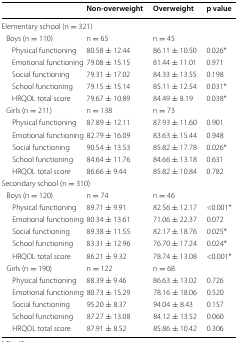
<table><thead><tr><td>[EMPTY_CELL]</td><td><b>Non-overweight</b></td><td><b>Overweight</b></td><td><b>p value</b></td></tr></thead><tbody><tr><td colspan="4">Elementary school (n = 321)</td></tr><tr><td> Boys (n = 110)</td><td>n = 65</td><td>n = 45</td><td>[EMPTY_CELL]</td></tr><tr><td>Physical functioning</td><td>80.58 ± 12.44</td><td>86.11 ± 10.50</td><td>0.026*</td></tr><tr><td>Emotional functioning</td><td>79.08 ± 15.15</td><td>81.44 ± 11.01</td><td>0.971</td></tr><tr><td>Social functioning</td><td>79.31 ± 17.02</td><td>84.33 ± 13.55</td><td>0.198</td></tr><tr><td>School functioning</td><td>79.15 ± 15.14</td><td>85.11 ± 12.54</td><td>0.031*</td></tr><tr><td>HRQOL total score</td><td>79.67 ± 10.89</td><td>84.49 ± 8.19</td><td>0.038*</td></tr><tr><td> Girls (n = 211)</td><td>n = 138</td><td>n = 73</td><td>[EMPTY_CELL]</td></tr><tr><td>Physical functioning</td><td>87.89 ± 12.11</td><td>87.93 ± 11.60</td><td>0.901</td></tr><tr><td>Emotional functioning</td><td>82.79 ± 16.09</td><td>83.63 ± 15.44</td><td>0.948</td></tr><tr><td>Social functioning</td><td>90.54 ± 13.53</td><td>85.82 ± 17.78</td><td>0.026*</td></tr><tr><td>School functioning</td><td>84.64 ± 11.76</td><td>84.66 ± 13.18</td><td>0.631</td></tr><tr><td>HRQOL total score</td><td>86.66 ± 9.44</td><td>85.82 ± 10.84</td><td>0.782</td></tr><tr><td colspan="4">Secondary school (n = 310)</td></tr><tr><td> Boys (n = 120)</td><td>n = 74</td><td>n = 46</td><td>[EMPTY_CELL]</td></tr><tr><td>Physical functioning</td><td>89.71 ± 9.91</td><td>82.56 ± 12.17</td><td>&lt;0.001*</td></tr><tr><td>Emotional functioning</td><td>80.34 ± 13.61</td><td>71.06 ± 22.37</td><td>0.072</td></tr><tr><td>Social functioning</td><td>89.38 ± 11.55</td><td>82.17 ± 18.76</td><td>0.025*</td></tr><tr><td>School functioning</td><td>83.31 ± 12.96</td><td>76.70 ± 17.24</td><td>0.024*</td></tr><tr><td>HRQOL total score</td><td>86.21 ± 9.32</td><td>78.74 ± 13.08</td><td>&lt;0.001*</td></tr><tr><td> Girls (n = 190)</td><td>n = 122</td><td>n = 68</td><td>[EMPTY_CELL]</td></tr><tr><td>Physical functioning</td><td>88.39 ± 9.46</td><td>86.63 ± 13.02</td><td>0.726</td></tr><tr><td>Emotional functioning</td><td>80.73 ± 15.29</td><td>78.16 ± 18.06</td><td>0.520</td></tr><tr><td>Social functioning</td><td>95.20 ± 8.37</td><td>94.04 ± 8.43</td><td>0.157</td></tr><tr><td>School functioning</td><td>87.27 ± 13.08</td><td>84.12 ± 13.52</td><td>0.060</td></tr><tr><td>HRQOL total score</td><td>87.91 ± 8.52</td><td>85.86 ± 10.42</td><td>0.306</td></tr></tbody></table>